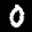
Label: 0